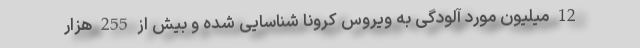
12 میلیون مورد آلودگی به ویروس کرونا شناسایی شده و بیش از 255 هزار